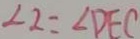
\angle 2 = \angle D E C